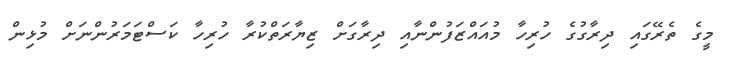
މީގެ ތެރޭގައި ދިރާގުގެ ހުރިހާ މުއައްޒަފުންނާއި ދިރާގަށް ޒިޔާރަތްކުރާ ހުރިހާ ކަސްޓަމަރުންނަށް މުޅިން